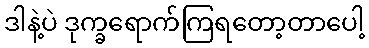
ဒါနဲ့ပဲ ဒုက္ခရောက်ကြရတော့တာပေါ့